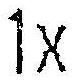
1X